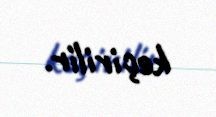
keçirilir.